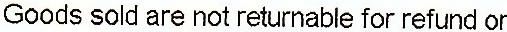
GOODS SOLD ARE NOT RETURNABLE FOR REFUND OR